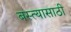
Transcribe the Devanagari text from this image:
बस्त्यासाठी